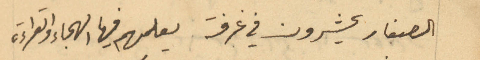
الصغار يحشرون في غرفة يعلمهم فيها الهجاء والقراءة